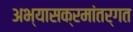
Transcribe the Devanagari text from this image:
अभ्यासक्रमांतर्गत